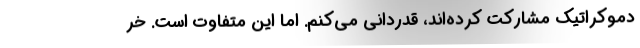
دموکراتیک مشارکت کرده‌اند، قدردانی می‌کنم. اما این متفاوت است. خر